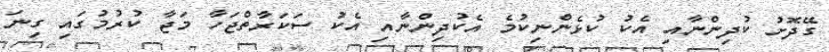
ގޭދޮށު ކުދިންނާއި އެކު ކުޅެންނިކުމެ އެކުދިންނާއި އެކު ސަކަރާތްޖަހާ މަޖާ ކުރުމުގައި ގިނަ